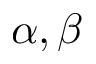
\alpha , \beta